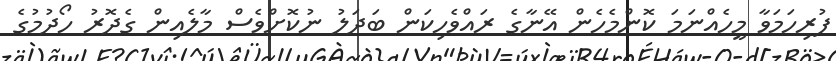
ފުރިހަމަވާ މީހެއްނަމަ ކޮންމެހެން އޭނާގެ ރައްވެހިކަން ބަދަލު ނުކޮށްވެސް މާލެއިން ގެދޮރު ހޯދުމުގެ